Kihnu_vallavalitsus, lk 62
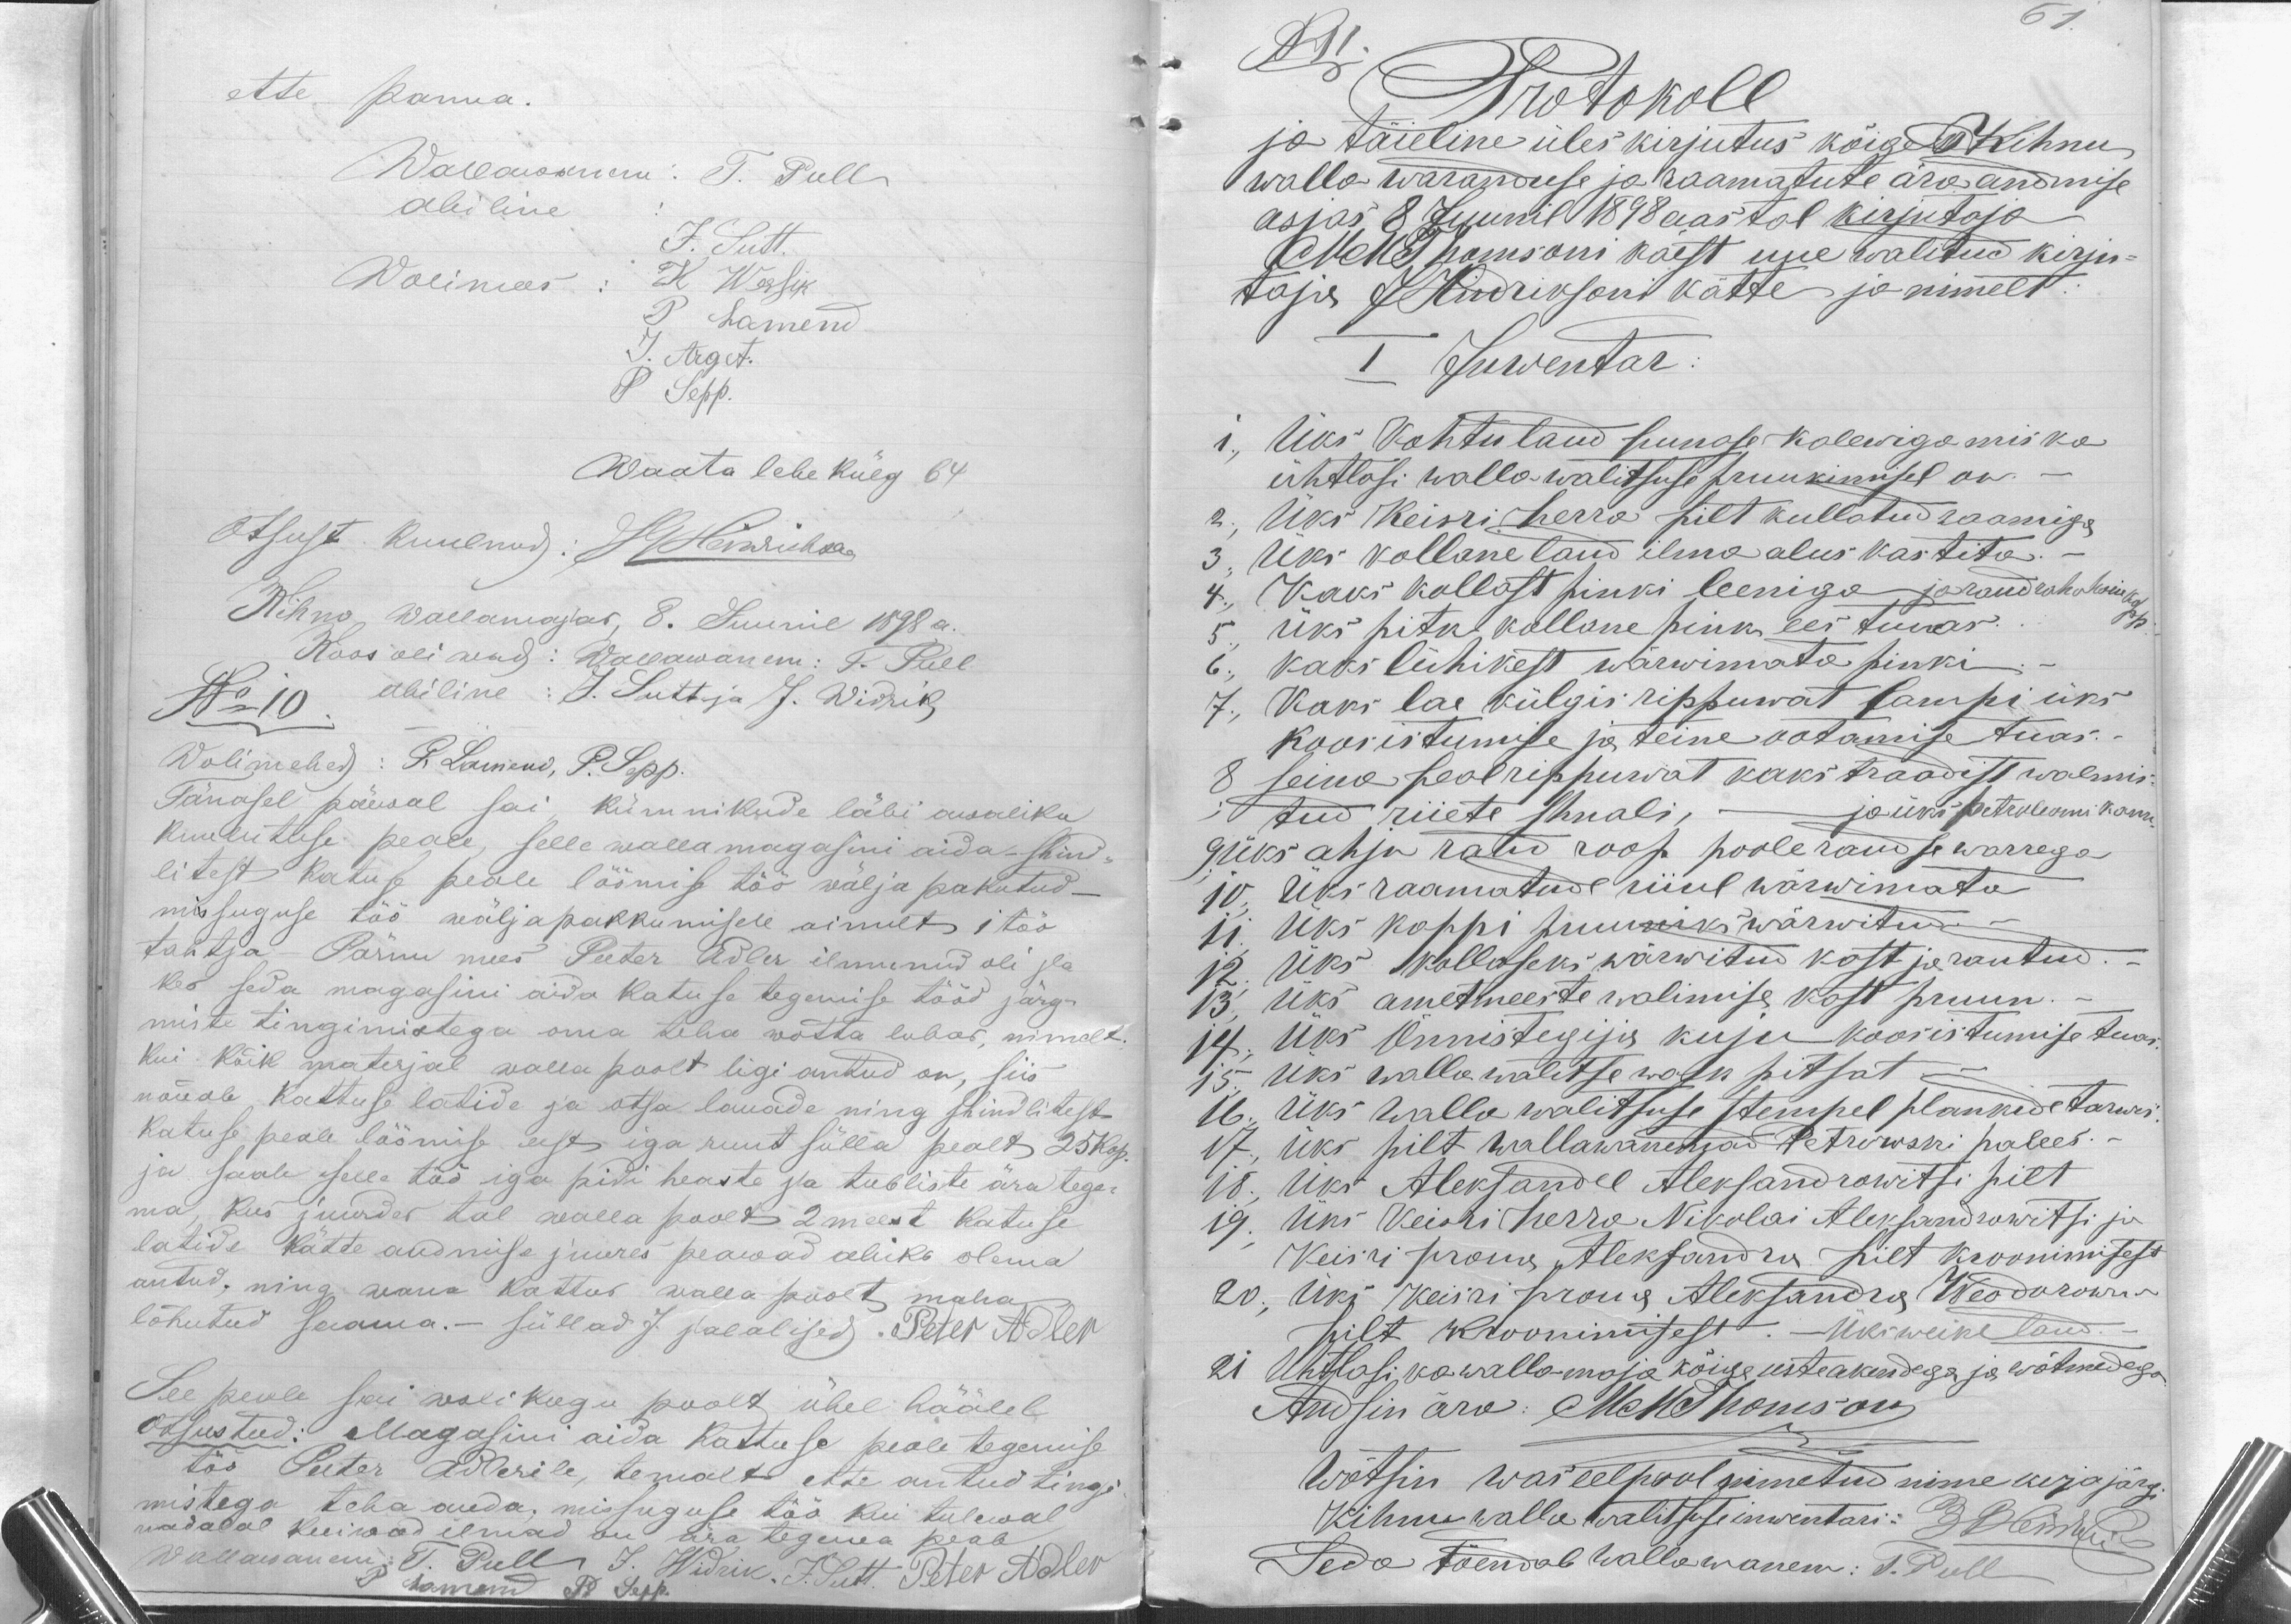
ette panna.
Wallawanem: T. Pull
Abiline
J. Sutt.
Wolimees: K Wessik
P Lamend
J. Arget.
P Sepp.
Waata lehe külg 64
Otsust kuulnud: JHeinrichson
Kihno wallamajas, 8. Juunil 1898 a.
Koos oliwad: Wallawanem: T. Pull
No 10
Abiline: J. Sutt ja J. Widrik
Wolimehed: P. Lamend, P. Sepp.
Tänasel päewal sai kümnikude läbi awaliku
kuulutuse peale, selle walla magasini aida-shind-
litest katuse peale löömise töö wälja pakutud -
missuguse töö wäljapakkumisele ainult 1 töö
tahtja Pärnu mees Peeter Adler ilmunud oli ja
kes seda magasini aida katuse tegemise tööd järg-
miste tingimistega oma teha wõtta lubas, nimelt
Kui kõik materjal walla poolt ligi antud on, siis
nõuab Kattuse latide ja otsa lauade ning shindlitest
Katuse peale löömise eest iga ruut sülla pealt 25 kop.
ja saab selle töö iga pidi heaste ja tubliste ära tege-
ma, kus juurdes tal walla poolt 2 meest Katuse
latide Kätte andmise juures peawad abiks olema
antud, ning wana kattus walla poolt maha
lõhutud saama.- süllad J. palalised. Peter Adler
See peale sai wolikogu poolt ühel häälel
Otsustud: Magasini aida kattuse peale tegemise
töö Peeter Adlerile, temalt ette antud tingi
mistega teha anda, missuguse töö kui tulewal
nädalal kuiwad ilmad on ära tegema peab
Wallawanem: T. Pull, J. Widrik J. Sutt Peter Adler
P Lamend P. Sepp.

61.
N 11. Protokoll
ja täieline üles kirjutus kõige Kihnu
Walla waranduse ja raamatute ära andmise
asjas 8 Juunil 1898 aastal kirjutaja
Matt Thomsoni käest uue walitud kirju-
taja J Hindriksoni kätte ja nimelt:
I Inwentar:
1., Üks Kohtulaud punase kalewiga mis ka
ühtlasi walla walitsuse pruukimisel on.-
2., Üks Keisri herra pilt kullatud raamiga
3., Üks kollane laud ilma alus kastita.-
4., Kaks kollast pinki leeniga jarand rahakoriekohast
5., Üks pitk kollane pink ees tuuas.
6., Kaks lühikest wärwimata pinki.
7., Kaks lae külgis rippuwat lampi üks
koosistumise ja teine ootamise tuas.
8 seina peal rippuwat kaks traadist walmis-
tud riiete shnali, - ja üks petroleomi kann
9. Üks ahju ratid roop poole raudse warrega
10. Üks raamatude riiul wärwimata
11 Üks kappi pruuniks wärwitud.
12. Üks kollaseks wärwitud kast ja rautud.
13. Üks ametmeeste walimise kast pruun.
14., Üks Õnnistegijia kuju koosistumise tuas.
15. Üks wallawalitse wask pitsat -
16. Üks walla walitsuse stempel plankide tarwis.
17., üks pilt wallawanemad Petrowski palees.-
18., Üks Aleksandel Aleksandrowitsi pilt
19. Üks Keisri Herra Nikolai Aleksandrowitsi ja
Keisri proua Aleksandra pilt kroonimisest
20., Üks keisri proua Aleksandra Weodorowna
pilt kroonimisest. Üks weike laud.
21 Ühtlasi ka walla maja kõige usteakendega ja wõtmedega
Andsin ära: MeThomson
wõtsin was eelpool nimetud nimekirja järgi
Kihnu walla walitsuse inwentari: R Reinthal
Seda tõendab wallawanem: T. Pull